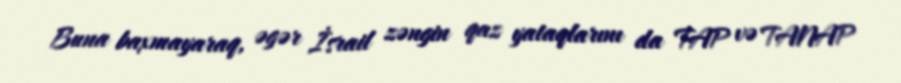
Buna baxmayaraq, əgər İsrail zəngin qaz yataqlarını da TAP və TANAP